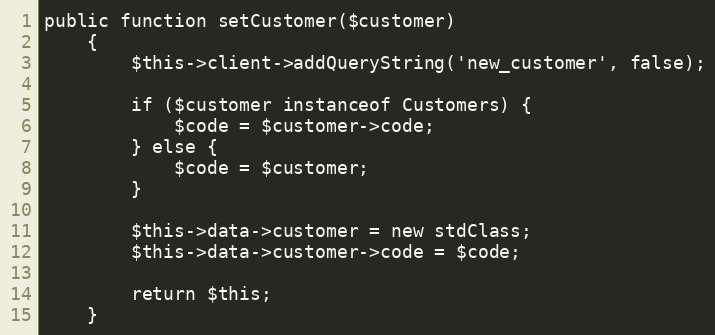
Language: PHP
public function setCustomer($customer)
    {
        $this->client->addQueryString('new_customer', false);

        if ($customer instanceof Customers) {
            $code = $customer->code;
        } else {
            $code = $customer;
        }

        $this->data->customer = new stdClass;
        $this->data->customer->code = $code;

        return $this;
    }